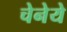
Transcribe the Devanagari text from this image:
चेनेये